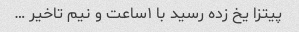
پیتزا یخ زده رسید با ۱ساعت و نیم تاخیر …